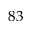
8 3